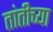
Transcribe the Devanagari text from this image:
तांतीच्या